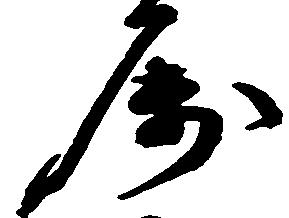
属